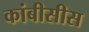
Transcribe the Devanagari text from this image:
कांबीसीस